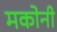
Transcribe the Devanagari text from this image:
मकोनी